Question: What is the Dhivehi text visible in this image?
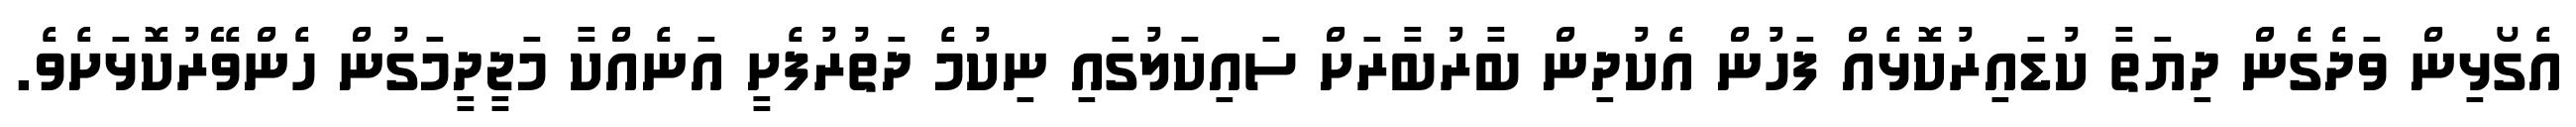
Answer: އެގޯޅިން ވަދެގެން ދިޔަތާ ކުޑައިރުކޮޅެއް ފަހުން އެކުދިން ބާރުބާރަށް ސައިކަލުގައި ނިކުމެ ދަތުރުފެށީ އަނެއްކާ މަޖީދީމަގުން ހެންވޭރުކޮޅަށެވެ.